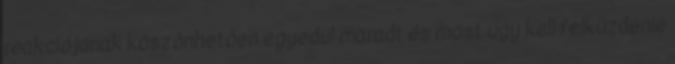
reakciójának köszönhetően egyedül maradt és most úgy kell felküzdenie